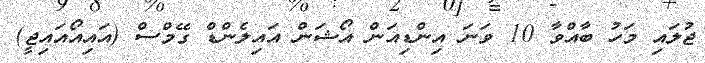
ޖުލައި މަހު ބާއްވާ 10 ވަނަ އިންޑިއަން އޯޝަން އައިލެންޑް ގޭމްސް (އައިއޯއައިޖީ)